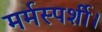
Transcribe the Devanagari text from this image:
मर्मस्पर्शी।